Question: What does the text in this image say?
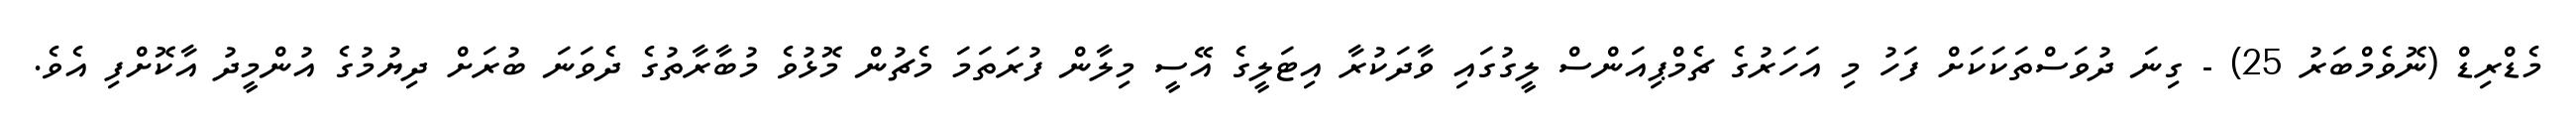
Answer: މެޑްރިޑް (ނޮވެމްބަރު 25) - ގިނަ ދުވަސްތަކަކަށް ފަހު މި އަހަރުގެ ޗެމްޕިއަންސް ލީގުގައި ވާދަކުރާ އިޓަލީގެ އޭސީ މިލާން ފުރަތަމަ މެޗުން މޮޅުވެ މުބާރާތުގެ ދެވަނަ ބުރަށް ދިޔުމުގެ އުންމީދު އާކޮށްފި އެވެ.